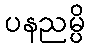
ပနညမ္ပိ